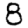
Digit: 8